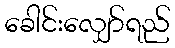
ခေါင်းလျှော်ရည်